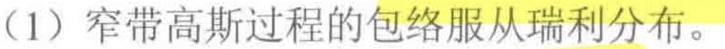
（1）窄带高斯过程的包络服从瑞利分布。